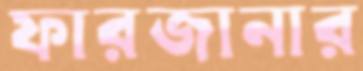
ফারজানার